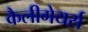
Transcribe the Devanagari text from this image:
कैलीगेयर्स